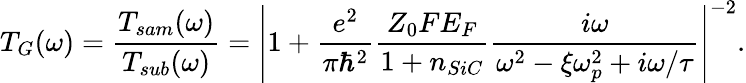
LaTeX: T_{G}(\omega)=\frac{T_{sam}(\omega)}{T_{sub}(\omega)}=\left|1+\frac{e^{2}}{\pi\hbar^{2}}\frac{Z_{0}FE_{F}}{1+n_{SiC}}\frac{i\omega}{\omega^{2}-\xi\omega_{p}^{2}+i\omega/\tau}\right|^{-2}.